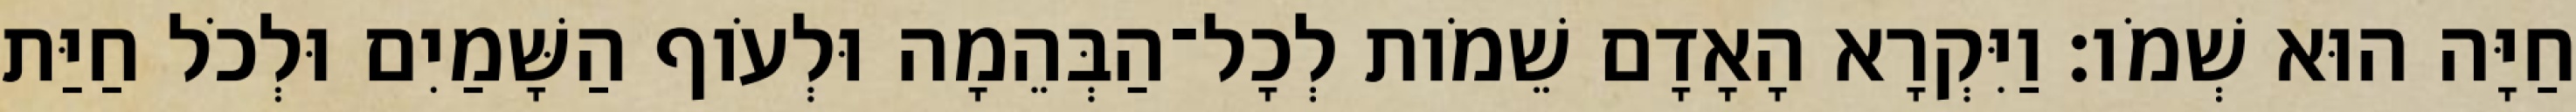
חַיָּה הוּא שְׁמֹו׃ וַיִּקְרָא הָאָדָם שֵׁמֹות לְכָל־הַבְּהֵמָה וּלְעֹוף הַשָּׁמַיִם וּלְכֹל חַיַּת